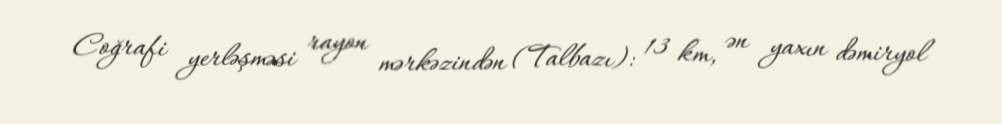
Coğrafi yerləşməsi rayon mərkəzindən (Talbazı): 13 km, ən yaxın dəmiryol